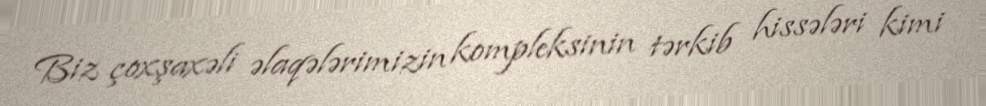
Biz çoxşaxəli əlaqələrimizin kompleksinin tərkib hissələri kimi